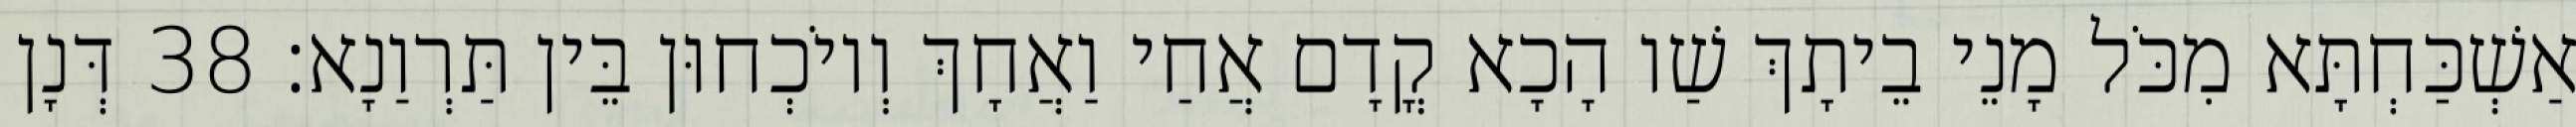
אַשְׁכַּחְתָּא מִכֹּל מָנֵי בֵיתָךְ שַׁו הָכָא קֳדָם אֲחַי וַאֲחָךְ וְיוֹכְחוּן בֵּין תַּרְוַנָא׃ 38 דְּנָן